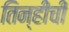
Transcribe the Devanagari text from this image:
तिन्हीची